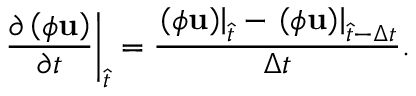
{ \left. { \frac { { \partial \left( { \phi { \bf { u } } } \right) } } { { \partial t } } } \right| _ { \hat { t } } } = \frac { { { { \left. { \left( { \phi { \bf { u } } } \right) } \right| } _ { \hat { t } } } - { { \left. { \left( { \phi { \bf { u } } } \right) } \right| } _ { \hat { t } - \Delta t } } } } { { \Delta t } } .